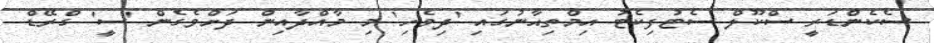
ސެކެންޑަރީ ސްކޫލް ސެޓުފިކެޓު އިމްތިޙާނުގައި 'ދިވެހި' މި މާއްދާއިން ދަށްވެގެން 'ސީ' ގްރޭޑް